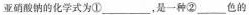
亚硝酸钠的化学式为①___，是一种②___色的